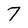
Character: 7